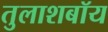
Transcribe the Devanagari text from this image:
तुलाशबॉय